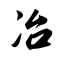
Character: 冶